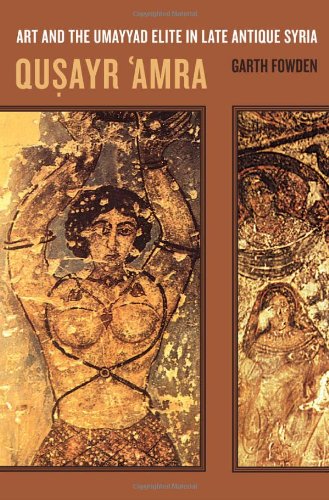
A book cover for Qusayr  'Amra: Art and the Umayyad Elite in Late Antique Syria; Garth Fowden; History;